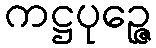
ကဋ္ဌပုဉ္ဇေ